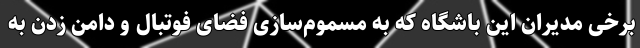
برخی مدیران این باشگاه که به مسموم‌سازی فضای فوتبال و دامن زدن به